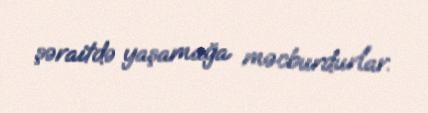
şəraitdə yaşamağa məcburdurlar.